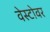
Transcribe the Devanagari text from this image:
वेस्टोवर